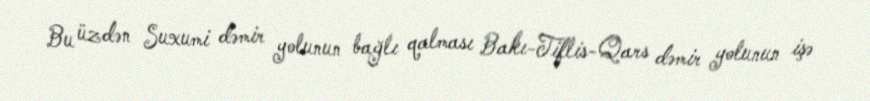
Bu üzdən Suxumi dəmir yolunun bağlı qalması Bakı-Tiflis-Qars dəmir yolunun işə